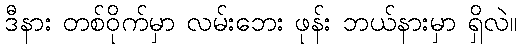
ဒီနား တစ်ဝိုက်မှာ လမ်းဘေး ဖုန်း ဘယ်နားမှာ ရှိလဲ။